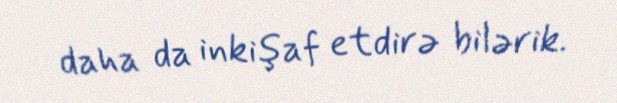
daha da inkişaf etdirə bilərik.